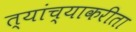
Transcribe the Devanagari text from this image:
त्यांच्याकरीता